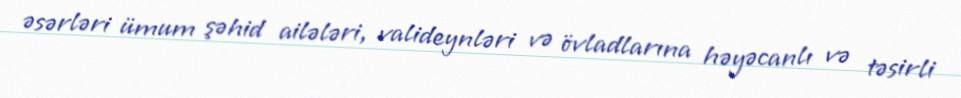
əsərləri ümum şəhid ailələri, valideynləri və övladlarına həyəcanlı və təsirli